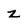
Character: z